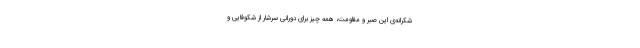
شکرانه‌ی این صبر و مقاومت، همه چیز برای دورانی سرشار از شکوفایی و